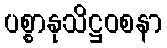
ပစ္စာနုသိဋ္ဌဝစနာ